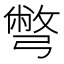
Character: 彆